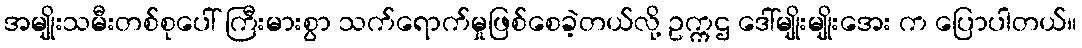
အမျိုးသမီးတစ်စုပေါ် ကြီးမားစွာ သက်ရောက်မှုဖြစ်စေခဲ့တယ်လို့ ဥက္ကဌ ဒေါ်မျိုးမျိုးအေး က ပြောပါတယ်။